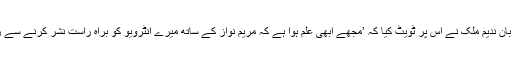
پروگرام کے میزبان ندیم ملک نے اس پر ٹویٹ کیا کہ ’مجھے ابھی علم ہوا ہے کہ مریم نواز کے ساتھ میرے انٹرویو کو براہ راست نشر کرنے سے روک دیا گیا ہے۔